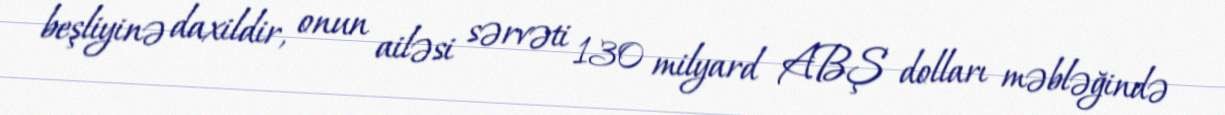
beşliyinə daxildir, onun ailəsi sərvəti 130 milyard ABŞ dolları məbləğində